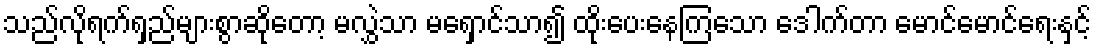
သည်လိုရက်ရှည်များစွာဆိုတော့ မလွှဲသာ မရှောင်သာ၍ ထိုးပေးနေကြသော ဒေါက်တာ မောင်မောင်ရေးနှင့်